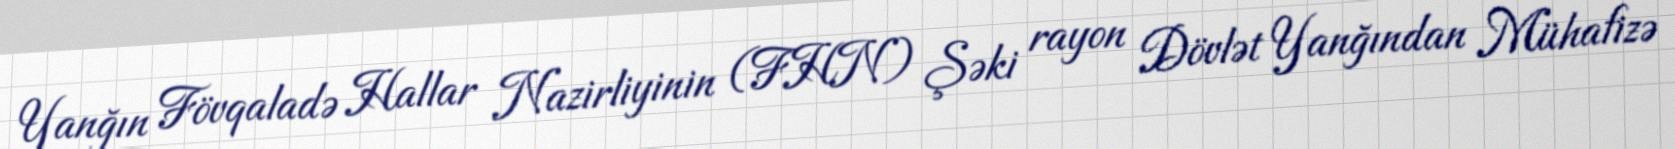
Yanğın Fövqaladə Hallar Nazirliyinin (FHN) Şəki rayon Dövlət Yanğından Mühafizə